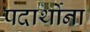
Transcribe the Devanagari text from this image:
पदार्थोना